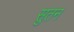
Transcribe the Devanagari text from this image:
सुतन